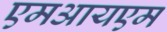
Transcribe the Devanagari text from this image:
एमआयएम